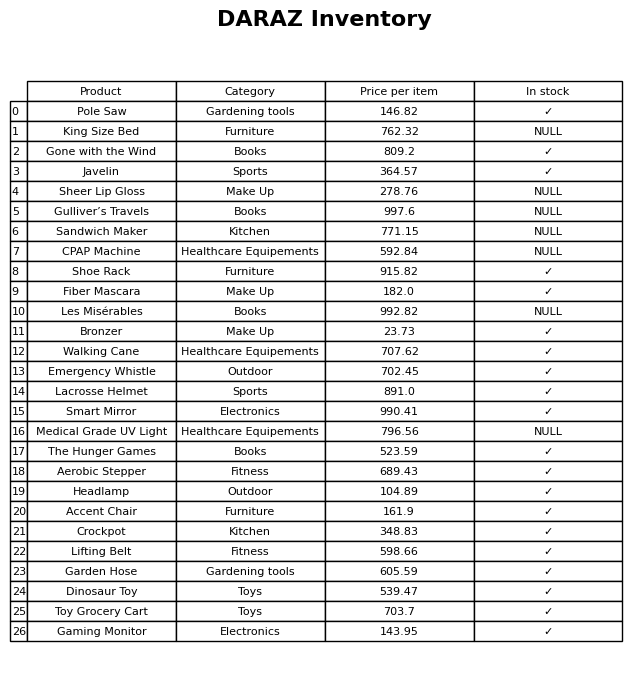
question: What is the price of the CPAP Machine?
answer: The price of CPAP Machine is 592.84.